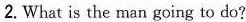
2. What is the man going to do?